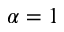
\alpha = 1